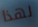
لهذا